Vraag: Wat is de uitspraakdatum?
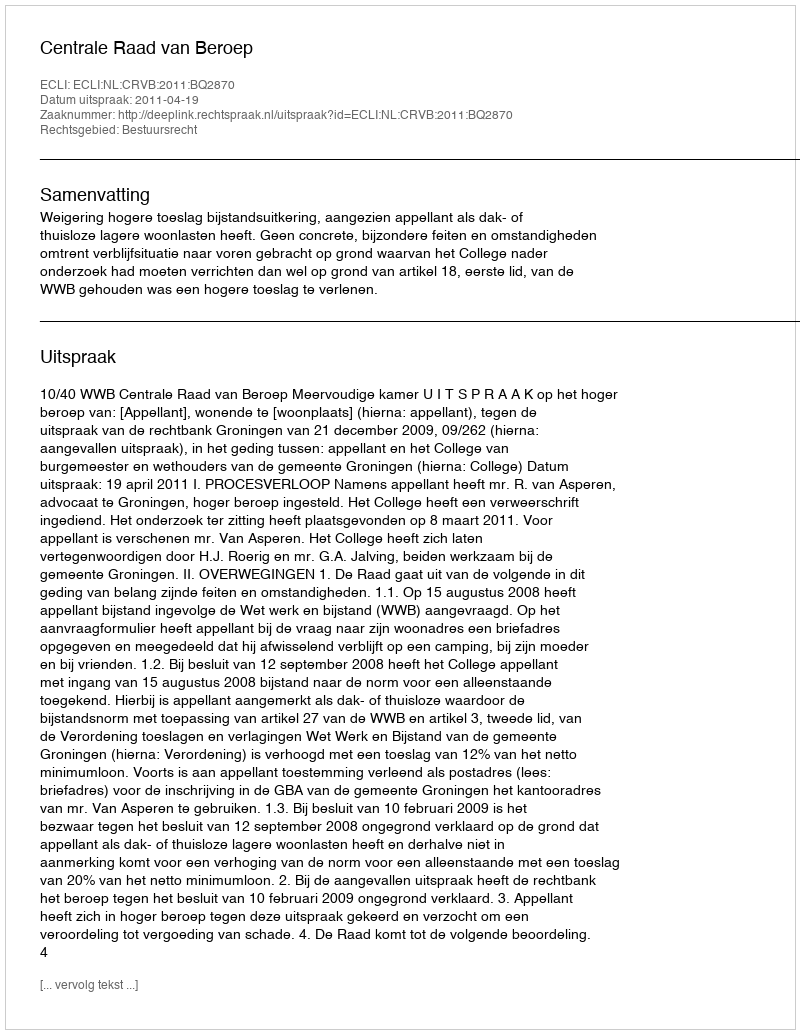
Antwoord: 2011-04-19